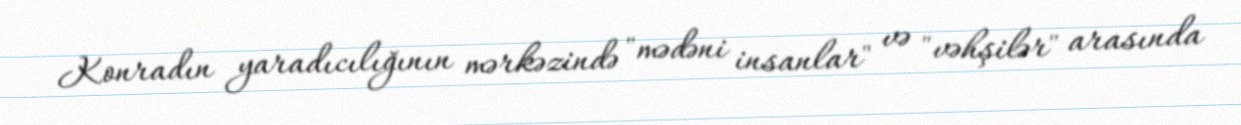
Konradın yaradıcılığının mərkəzində "mədəni insanlar" və "vəhşilər" arasında